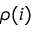
\rho ( i )